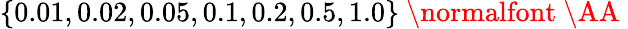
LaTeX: \{ 0.01,0.02,0.05,0.1,0.2,0.5,1.0\} \mathrm{~\normalfont~\AA~}